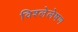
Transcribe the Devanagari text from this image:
विश्लेलेषण